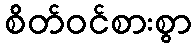
စိတ်ဝင်စားစွာ